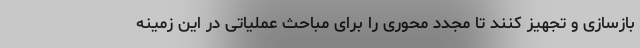
بازسازی و تجهیز کنند تا مجدد محوری را برای مباحث عملیاتی در این زمینه